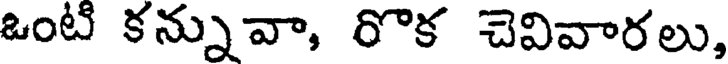
ఒంటి కన్నువా, రొక చెవివారలు,